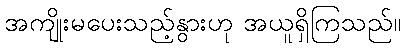
အကျိုးမပေးသည့်နွားဟု အယူရှိကြသည်။